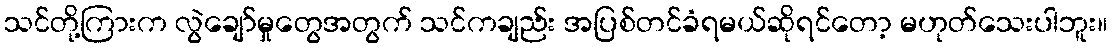
သင်တို့ကြားက လွဲချော်မှုတွေအတွက် သင်ကချည်း အပြစ်တင်ခံရမယ်ဆိုရင်တော့ မဟုတ်သေးပါဘူး။